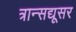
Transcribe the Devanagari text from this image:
त्रान्सद्यूसर